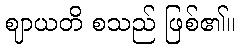
ဈာယတိ စသည် ဖြစ်၏။